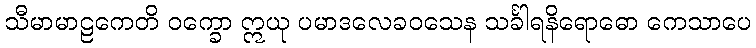
သီမာမာဠကေတိ ဝက္ခော ဣယု ပမာဒလေခဝသေန သင်္ခါရနိရောဓော ကေသာပေ